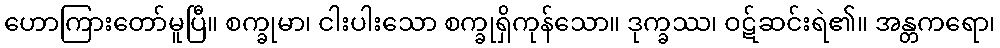
ဟောကြားတော်မူပြီ။ စက္ခုမာ၊ ငါးပါးသော စက္ခုရှိကုန်သော။ ဒုက္ခဿ၊ ဝဋ်ဆင်းရဲ၏။ အန္တကရော၊